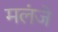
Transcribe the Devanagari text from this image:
मलंजे